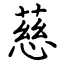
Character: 慈